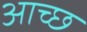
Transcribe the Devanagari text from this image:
आच्छ